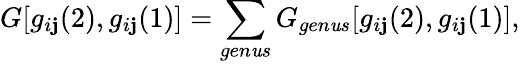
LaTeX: G[g_{i\mathbf{j}}(2),g_{i\mathbf{j}}(1)]=\sum_{gen\mathit{u}s}G_{gen\mathit{u}s}[g_{i\mathbf{j}}(2),g_{i\mathbf{j}}(1)],